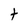
Character: t